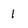
Character: 1